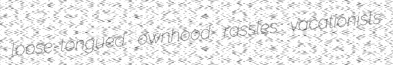
loose-tongued ownhood rassles vacationists